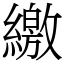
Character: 繳